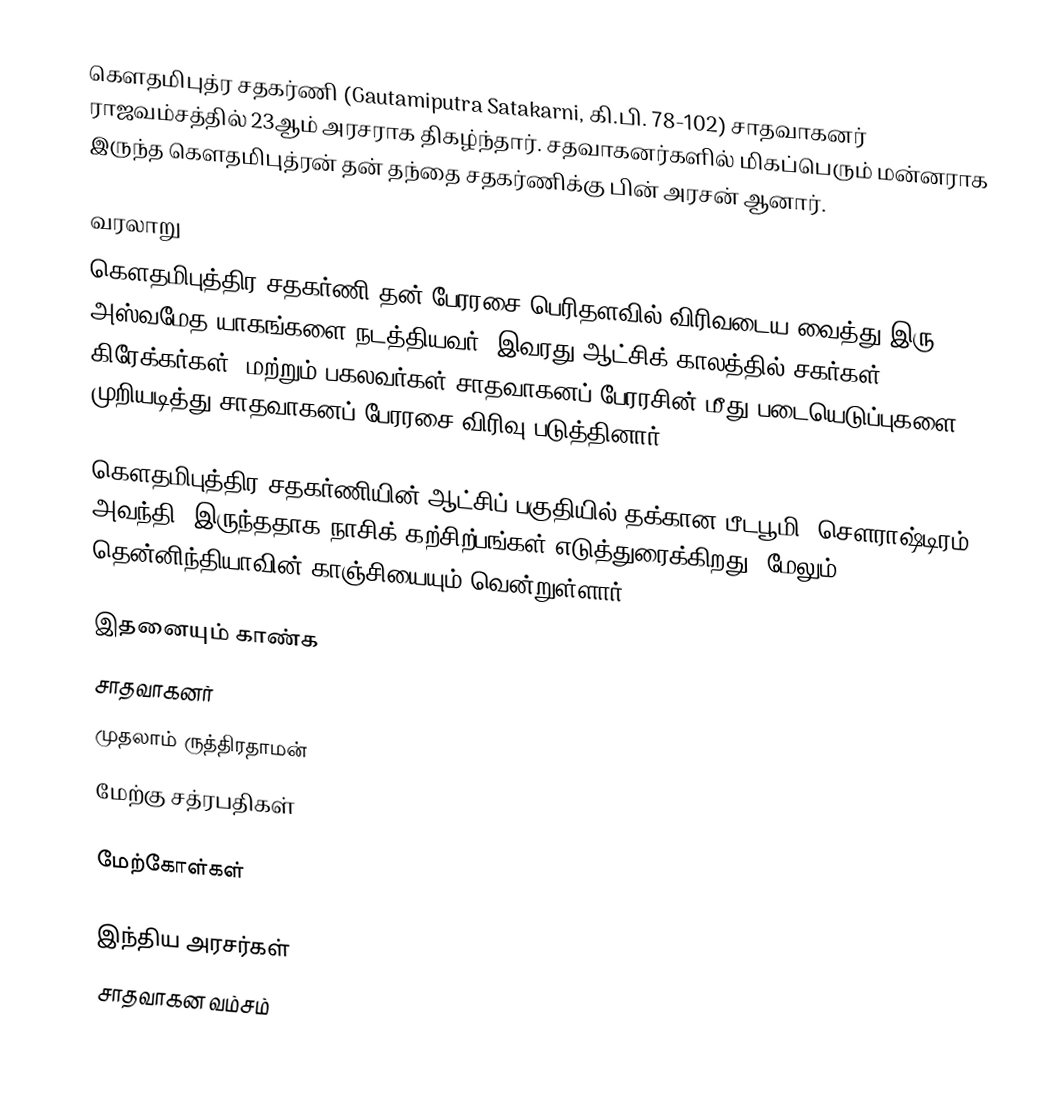
கௌதமிபுத்ர சதகர்ணி (Gautamiputra Satakarni, கி.பி. 78-102) சாதவாகனர் ராஜவம்சத்தில் 23ஆம் அரசராக திகழ்ந்தார். சதவாகனர்களில் மிகப்பெரும் மன்னராக இருந்த கௌதமிபுத்ரன் தன் தந்தை சதகர்ணிக்கு பின் அரசன் ஆனார்.

வரலாறு
கௌதமிபுத்திர சதகர்ணி தன் பேரரசை பெரிதளவில் விரிவடைய வைத்து இரு அஸ்வமேத யாகங்களை நடத்தியவர். இவரது ஆட்சிக் காலத்தில் சகர்கள், கிரேக்கர்கள், மற்றும் பகலவர்கள் சாதவாகனப் பேரரசின் மீது படையெடுப்புகளை முறியடித்து சாதவாகனப் பேரரசை விரிவு படுத்தினார்.

கௌதமிபுத்திர சதகர்ணியின் ஆட்சிப் பகுதியில் தக்கான பீடபூமி,  சௌராஷ்டிரம், அவந்தி, இருந்ததாக நாசிக் கற்சிற்பங்கள் எடுத்துரைக்கிறது. மேலும் தென்னிந்தியாவின் காஞ்சியையும் வென்றுள்ளார்.

இதனையும் காண்க
 சாதவாகனர்
 முதலாம் ருத்திரதாமன்
 மேற்கு சத்ரபதிகள்

மேற்கோள்கள்

இந்திய அரசர்கள்
சாதவாகன வம்சம்